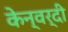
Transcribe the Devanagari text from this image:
केन्वर्दी